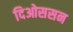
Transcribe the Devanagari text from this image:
दिओससन